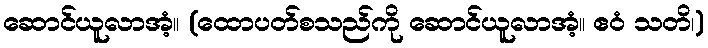
ဆောင်ယူလာအံ့။ (ထောပတ်စသည်ကို ဆောင်ယူလာအံ့။ ဧဝံ သတိ၊)